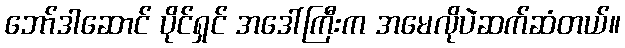
ဘော်ဒါဆောင် ပိုင်ရှင် အဒေါ်ကြီးက အမေလိုပဲဆက်ဆံတယ်။